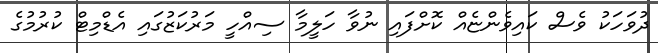
ދުވަހަކު ވެސް ކައިވެންޏެއް ކޮށްފައި ނުވާ ހަލީމާ ސިއްހީ މަރުކަޒުގައި އެޑްމިޓް ކުރުމުގެ